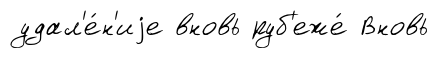
удал'е́н'иjе вновь руб'еже́ Вновь